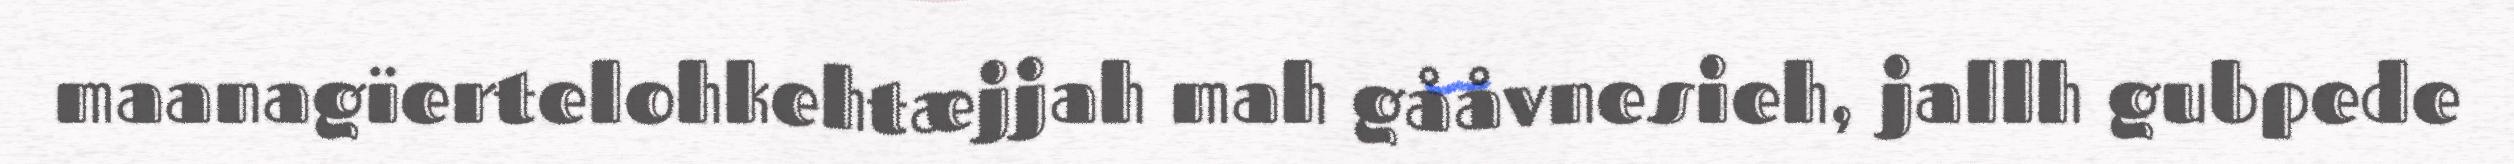
maanagïertelohkehtæjjah mah gååvnesieh, jallh gubpede